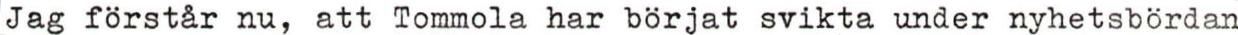
Jag förstår nu, att Tommola har börjat svikta under nyhetsbördan